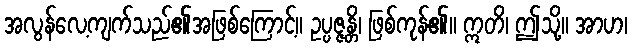
အလွန်လေ့ကျက်သည်၏အဖြစ်ကြောင့်။ ဥပ္ပဇ္ဇန္တိ၊ ဖြစ်ကုန်၏။ ဣတိ၊ ဤသို့။ အာဟ၊